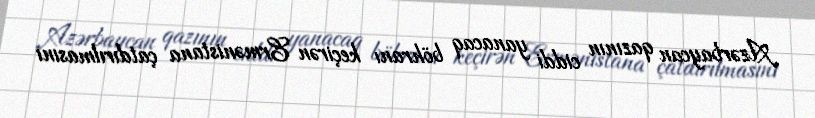
Azərbaycan qazının ciddi yanacaq böhranı keçirən Ermənistana çatdırılmasını